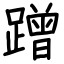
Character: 蹭